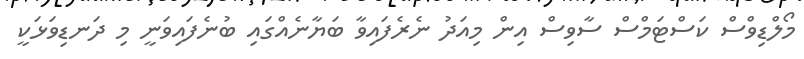
މޯލްޑިވްސް ކަސްޓަމްސް ސާވިސް އިން މިއަދު ނެރެފައިވާ ބަޔާނެއްގައި ބުނެފައިވަނީ މި ދަނޑިވަޅަކީ